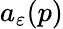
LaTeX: a_{\varepsilon}(p)